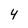
Character: 4